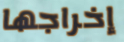
إخراجها